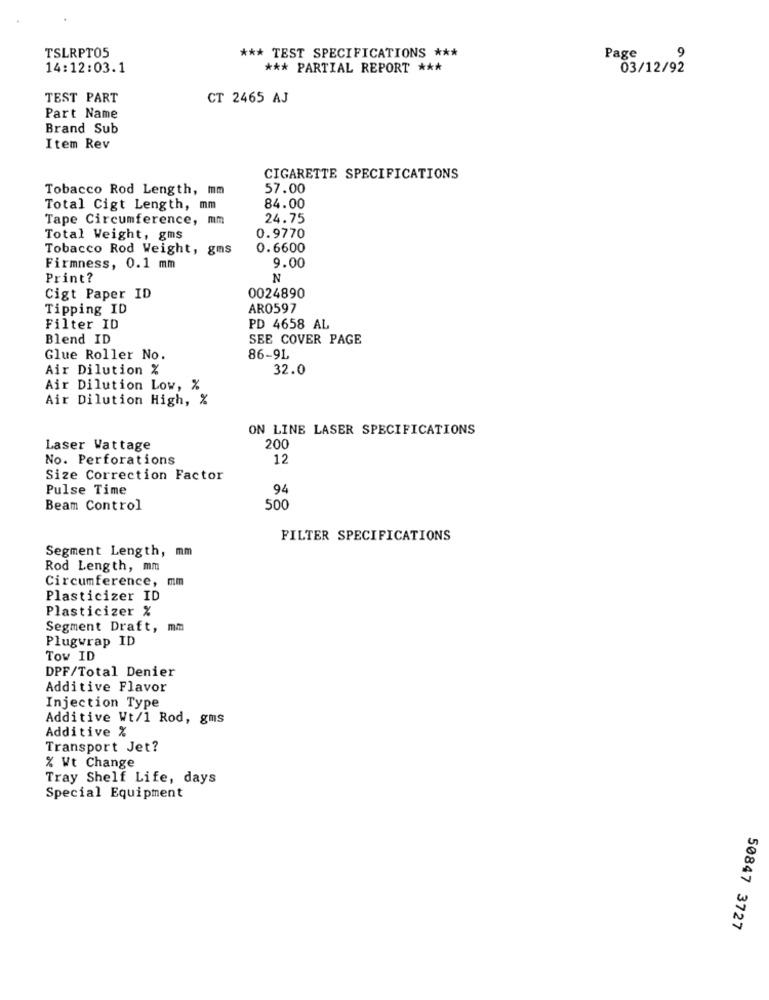
*** TEST SPECIFICATIONS ***
9
TSLRPT05
Page
14:12:03.1
*** PARTIAL REPORT ***
03/12/92
TEST PART
CT 2465 AJ
Part Name
Brand Sub
Item Rev
CIGARETTE SPECIFICATIONS
Tobacco Rod Length, mm
57.00
Total Cigt Length, mm
84.00
Tape Circumference, mm
24.75
Total Weight, gms
0.9770
Tobacco Rod Weight, gms
0.6600
Firmness, 0.1 mm
9.00
Print?
N
Cigt Paper ID
0024890
Tipping ID
AR0597
Filter ID
PD 4658 AL
Blend ID
SEE COVER PAGE
Glue Roller No.
86-9L
Air Dilution %
32.0
Air Dilution Low, %
Air Dilution High, %
ON LINE LASER SPECIFICATIONS
Laser Wattage
200
No. Perforations
12
Size Correction Factor
Pulse Time
94
Beam Control
500
FILTER SPECIFICATIONS
Segment Length, mm
Rod Length, mm
Circumference,
mm
Plasticizer ID
Plasticizer %
Segment Draft, mm
Plugwrap ID
Tow ID
DPF/Total Denier
Additive Flavor
Injection Type
Additive Wt/1 Rod, gms
Additive %
Transport Jet?
% Wt Change
Tray Shelf Life, days
Special Equipment
50847 3727